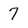
Character: 7